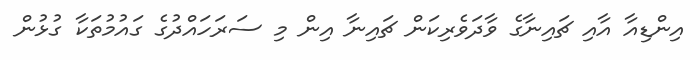
އިންޑިއާ އާއި ޗައިނާގެ ވާދަވެރިކަން ޗައިނާ އިން މި ސަރަހައްދުގެ ގައުމުތަކާ ގުޅުން